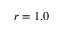
r = 1 . 0